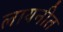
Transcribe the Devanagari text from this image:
लायनीत